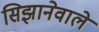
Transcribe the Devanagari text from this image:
सिझानेवाले